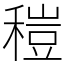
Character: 䅱